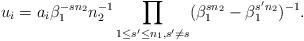
LaTeX: \begin{align*} u_i=a_i\beta_1^{-sn_2}n_2^{-1}\prod_{1\leq s'\leq n_1,s'\neq s}(\beta_1^{sn_2}-\beta_1^{s'n_2})^{-1}. \end{align*}